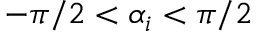
- \pi / 2 < \alpha _ { i } < \pi / 2